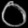
Digit: ၀